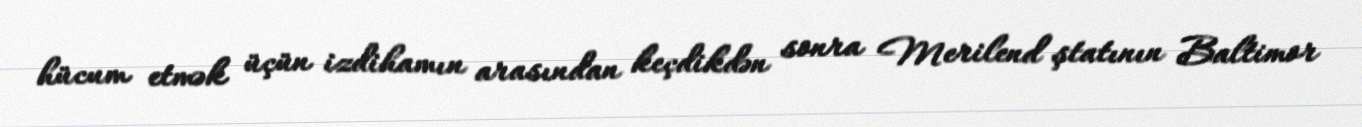
hücum etmək üçün izdihamın arasından keçdikdən sonra Merilend ştatının Baltimor